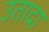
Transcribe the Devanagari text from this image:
उतादा